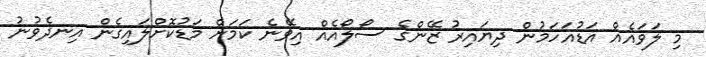
މި ލަވައެއް އަޑުއަހަމުން ދިޔައިރު ޒޭންގެ ސޯލޯއެއް އިވޭނެ ކަމަށް މަޑުކޮށްލައިގެން އިނދެވުނު